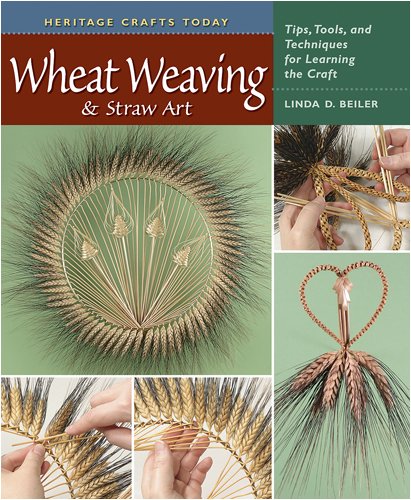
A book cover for Wheat Weaving and Straw Art: Tips, Tools, and Techniques for Learning the Craft (Heritage Crafts); Linda D. Beiler; Crafts, Hobbies & Home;